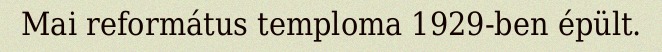
Mai református temploma 1929-ben épült.